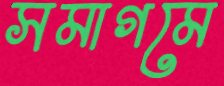
সমাগমে